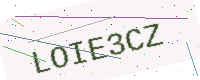
Text: LOIE3CZ